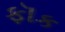
ફૉક